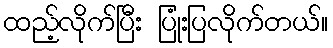
ထည့်လိုက်ပြီး ပြုံးပြလိုက်တယ်။